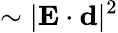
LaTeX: \sim|{\mathbf E}\cdot{\mathbf d}|^{2}